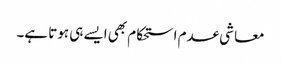
معاشی عدم استحکام بھی ایسے ہی ہوتا ہے۔